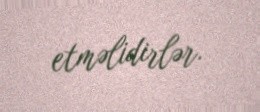
etməlidirlər.